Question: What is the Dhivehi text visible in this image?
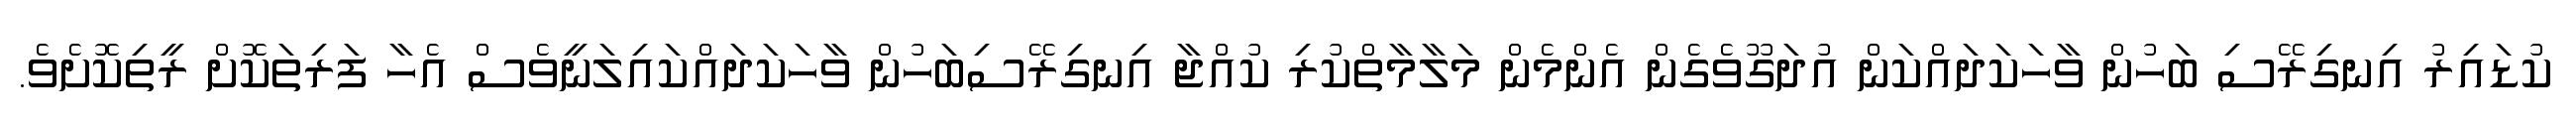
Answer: ކުޑައިރު އިނގިރޭސި ބަހުން ވާހަކަދައްކަން އުދަގޫވެގެން އެންމެން މަލާމާތްކުރި ކުއްޖާ އިނގިރޭސިބަހުން ވާހަކަދައްކައިލަނީވެސް އެހާ ފަރިތަކޮށް ރީތިކޮށެވެ.